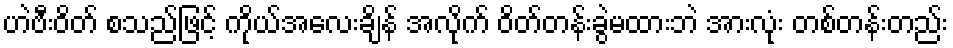
ဟဲဗီးဝိတ် စသည်ဖြင့် ကိုယ်အလေးချိန် အလိုက် ဝိတ်တန်းခွဲမထားဘဲ အားလုံး တစ်တန်းတည်း